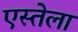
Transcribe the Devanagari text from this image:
एस्तेला